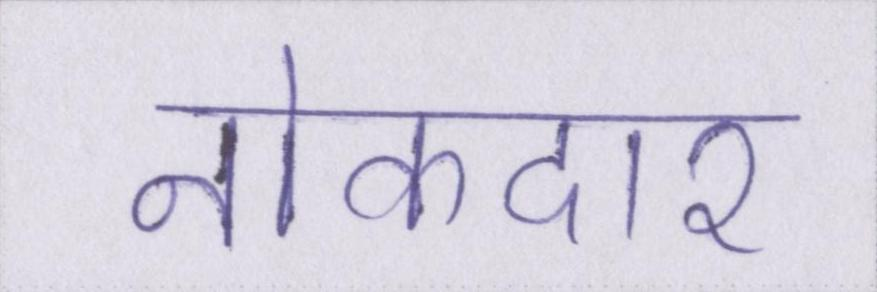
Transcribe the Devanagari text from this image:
नोकदार